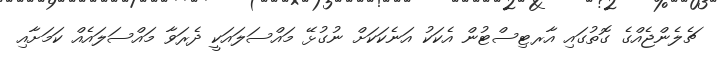
ޗެލެންޖެއްގެ ގޮތުގައި އާރޓިސްޓުން އެކަކު އަނެކަކަށް ނުގުޅޭ މައްސަލައަކީ ދެރަވާ މައްސަލައެއް ކަމަށާއި